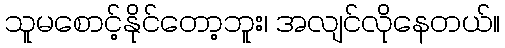
သူမစောင့်နိုင်တော့ဘူး၊ အလျင်လိုနေတယ်။